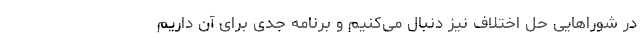
در شورا‌هایی حل اختلاف نیز دنبال می‌کنیم و برنامه جدی برای آن داریم